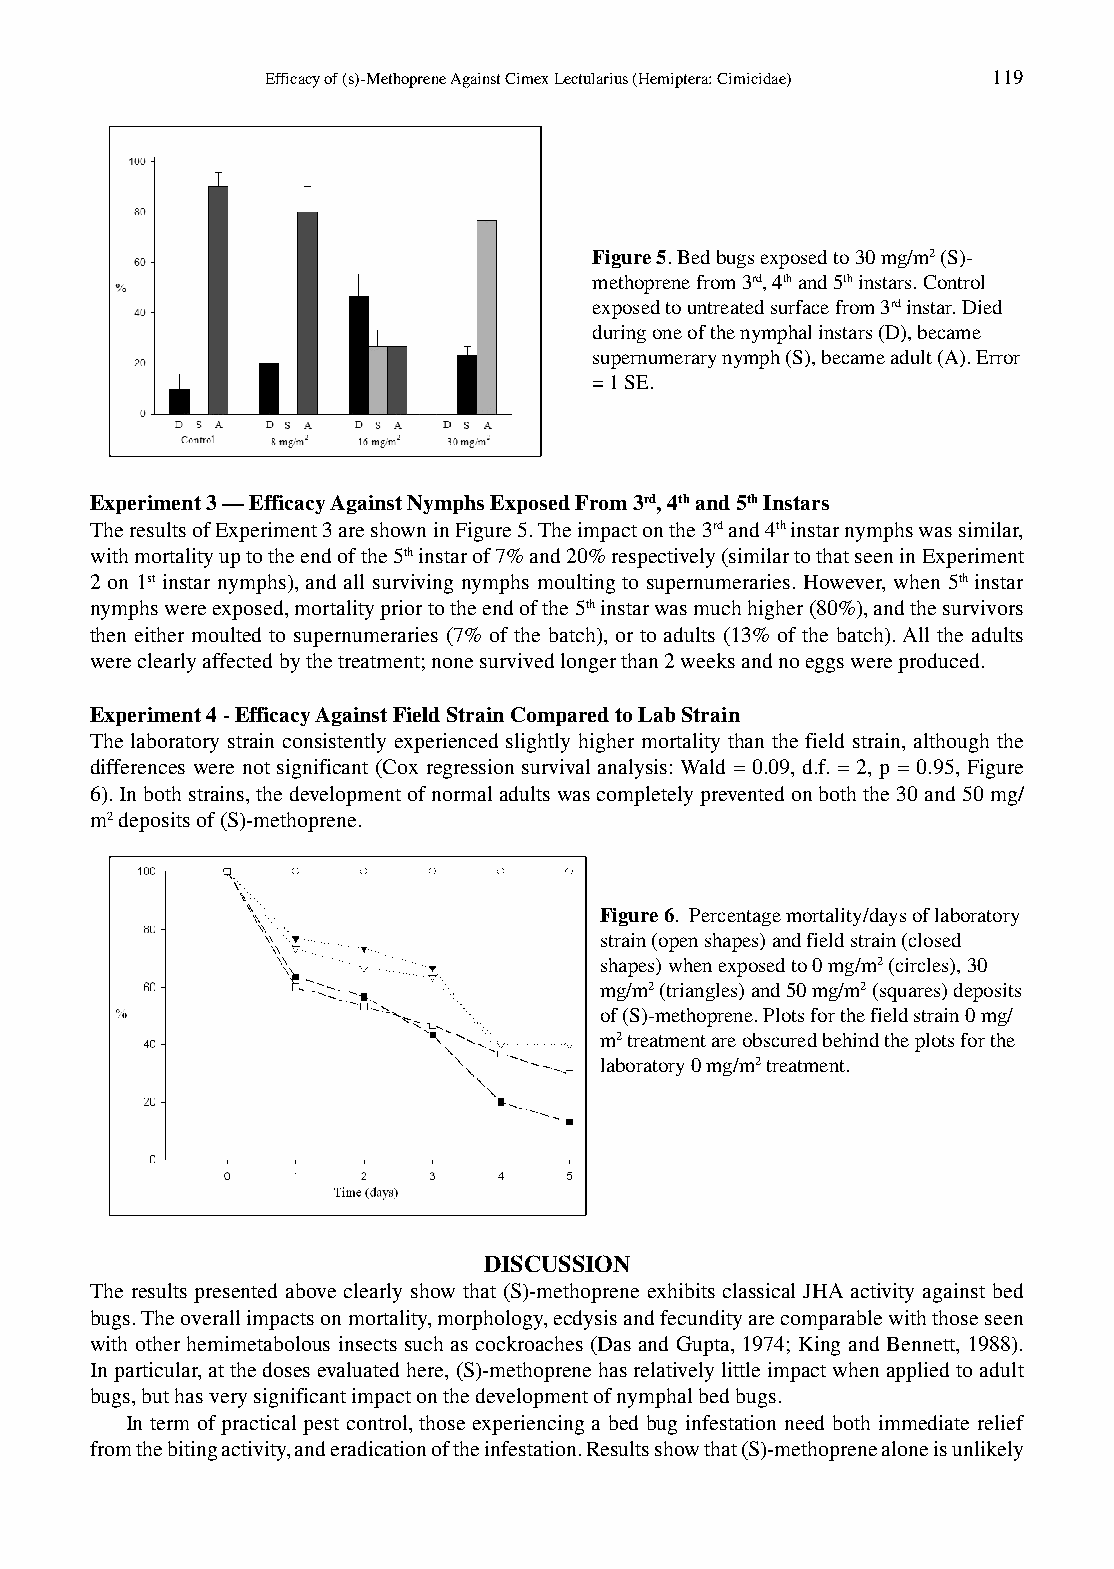
Efficacy of (s)-Methoprene Against Cimex Lectularius (Hemiptera: Cimicidae) 119
 Figure 5. Bed bugs exposed to 30 mg/m2 (S)-
 methoprene from 3rd, 4th and 5th instars. Control
 exposed to untreated surface from 3rd instar. Died
 during one of the nymphal instars (D), became
 supernumerary nymph (S), became adult (A). Error
 = 1 SE.
 Experiment 3 – Efficacy Against Nymphs Exposed From 3rd, 4th and 5th Instars
 The results of Experiment 3 are shown in Figure 5. The impact on the 3rd and 4th instar nymphs was similar,
 with mortality up to the end of the 5th instar of 7% and 20% respectively (similar to that seen in Experiment
 2 on 1st instar nymphs), and all surviving nymphs moulting to supernumeraries. However, when 5th instar
 nymphs were exposed, mortality prior to the end of the 5th instar was much higher (80%), and the survivors
 then either moulted to supernumeraries (7% of the batch), or to adults (13% of the batch). All the adults
 were clearly affected by the treatment; none survived longer than 2 weeks and no eggs were produced.
 Experiment 4 - Efficacy Against Field Strain Compared to Lab Strain
 The laboratory strain consistently experienced slightly higher mortality than the field strain, although the
 differences were not significant (Cox regression survival analysis: Wald = 0.09, d.f. = 2, p = 0.95, Figure
 6). In both strains, the development of normal adults was completely prevented on both the 30 and 50 mg/
 m2 deposits of (S)-methoprene.
 Figure 6. Percentage mortality/days of laboratory
 strain (open shapes) and field strain (closed
 shapes) when exposed to 0 mg/m2 (circles), 30
 mg/m2 (triangles) and 50 mg/m2 (squares) deposits
 of (S)-methoprene. Plots for the field strain 0 mg/
 m2 treatment are obscured behind the plots for the
 laboratory 0 mg/m2 treatment.
 DISCUSSION
 The results presented above clearly show that (S)-methoprene exhibits classical JHA activity against bed
 bugs. The overall impacts on mortality, morphology, ecdysis and fecundity are comparable with those seen
 with other hemimetabolous insects such as cockroaches (Das and Gupta, 1974; King and Bennett, 1988).
 In particular, at the doses evaluated here, (S)-methoprene has relatively little impact when applied to adult
 bugs, but has very significant impact on the development of nymphal bed bugs.
 In term of practical pest control, those experiencing a bed bug infestation need both immediate relief
 from the biting activity, and eradication of the infestation. Results show that (S)-methoprene alone is unlikely